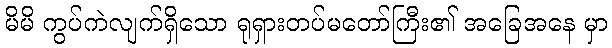
မိမိ ကွပ်ကဲလျက်ရှိသော ရုရှားတပ်မတော်ကြီး၏ အခြေအနေ မှာ